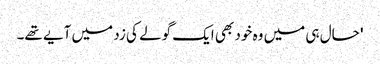
' حال ہی میں وہ خود بھی ایک گولے کی زد میں آیے تھے۔